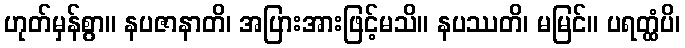
ဟုတ်မှန်စွာ။ နပဇာနာတိ၊ အပြားအားဖြင့်မသိ။ နပဿတိ၊ မမြင်။ ပရတ္ထံပိ၊